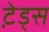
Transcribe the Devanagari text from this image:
टे़ड्स